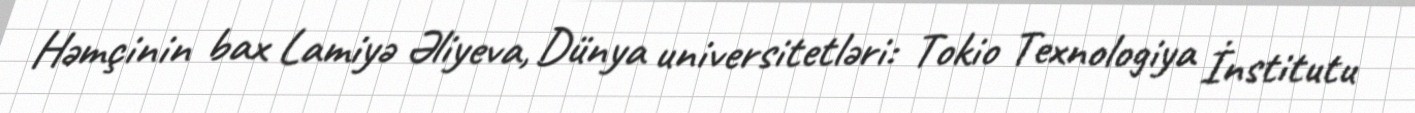
Həmçinin bax Lamiyə Əliyeva, Dünya universitetləri: Tokio Texnologiya İnstitutu